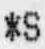
*S